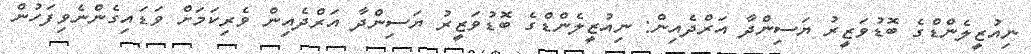
ނިއުޒީލެންޑްގެ ބޮޑުވަޒީރު ޔަސިންދާ އަރްދެއިން: ނިއުޒީލެންޑްގެ ބޮޑުވަޒީރު ޔަސިންދާ އަރްދެއިން ވެރިކަމަށް ވަޑައިގެންނެވިފަހުން